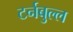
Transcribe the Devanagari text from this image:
टर्नबुल्ल